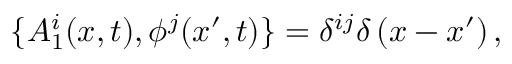
\{ A _ { 1 } ^ { i } ( x , t ) , \phi ^ { j } ( x ^ { \prime } , t ) \} = \delta ^ { i j } \delta \left( x - x ^ { \prime } \right) ,